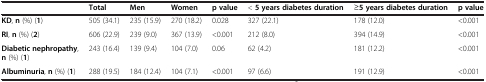
|  | Total | Men | Women | p value | <5 years diabetes duration | ≥5 years diabetes duration | p value |
 | --- | --- | --- | --- | --- | --- | --- | --- |
 | KD, n (%) (1) | 505 (34.1) | 235 (15.9) | 270 (18.2) | 0.028 | 327 (22.1) | 178 (12.0) | <0.001 |
 | RI, n (%) (2) | 606 (22.9) | 239 (9.0) | 367 (13.9) | <0.001 | 212 (8.0) | 394 (14.9) | <0.001 |
 | Diabetic nephropathy, n (%) (1) | 243 (16.4) | 139 (9.4) | 104 (7.0) | 0.06 | 62 (4.2) | 181 (12.2) | <0.001 |
 | Albuminuria, n (%) (1) | 288 (19.5) | 184 (12.4) | 104 (7.1) | <0.001 | 97 (6.6) | 191 (12.9) | <0.001 |